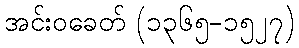
အင်းဝခေတ် (၁၃၆၅-၁၅၂၇)